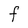
Character: F